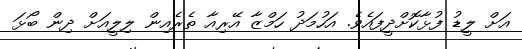
އަށް ލީޑު ފުޅާކޮށްދީފައެވެ. އަހުމަދު ހަމްޒާ އޭރިއާ ތެރެއިން ލިލީއަށް ދިން ބޯޅަ